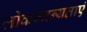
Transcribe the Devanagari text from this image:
लोकमान्यताएं